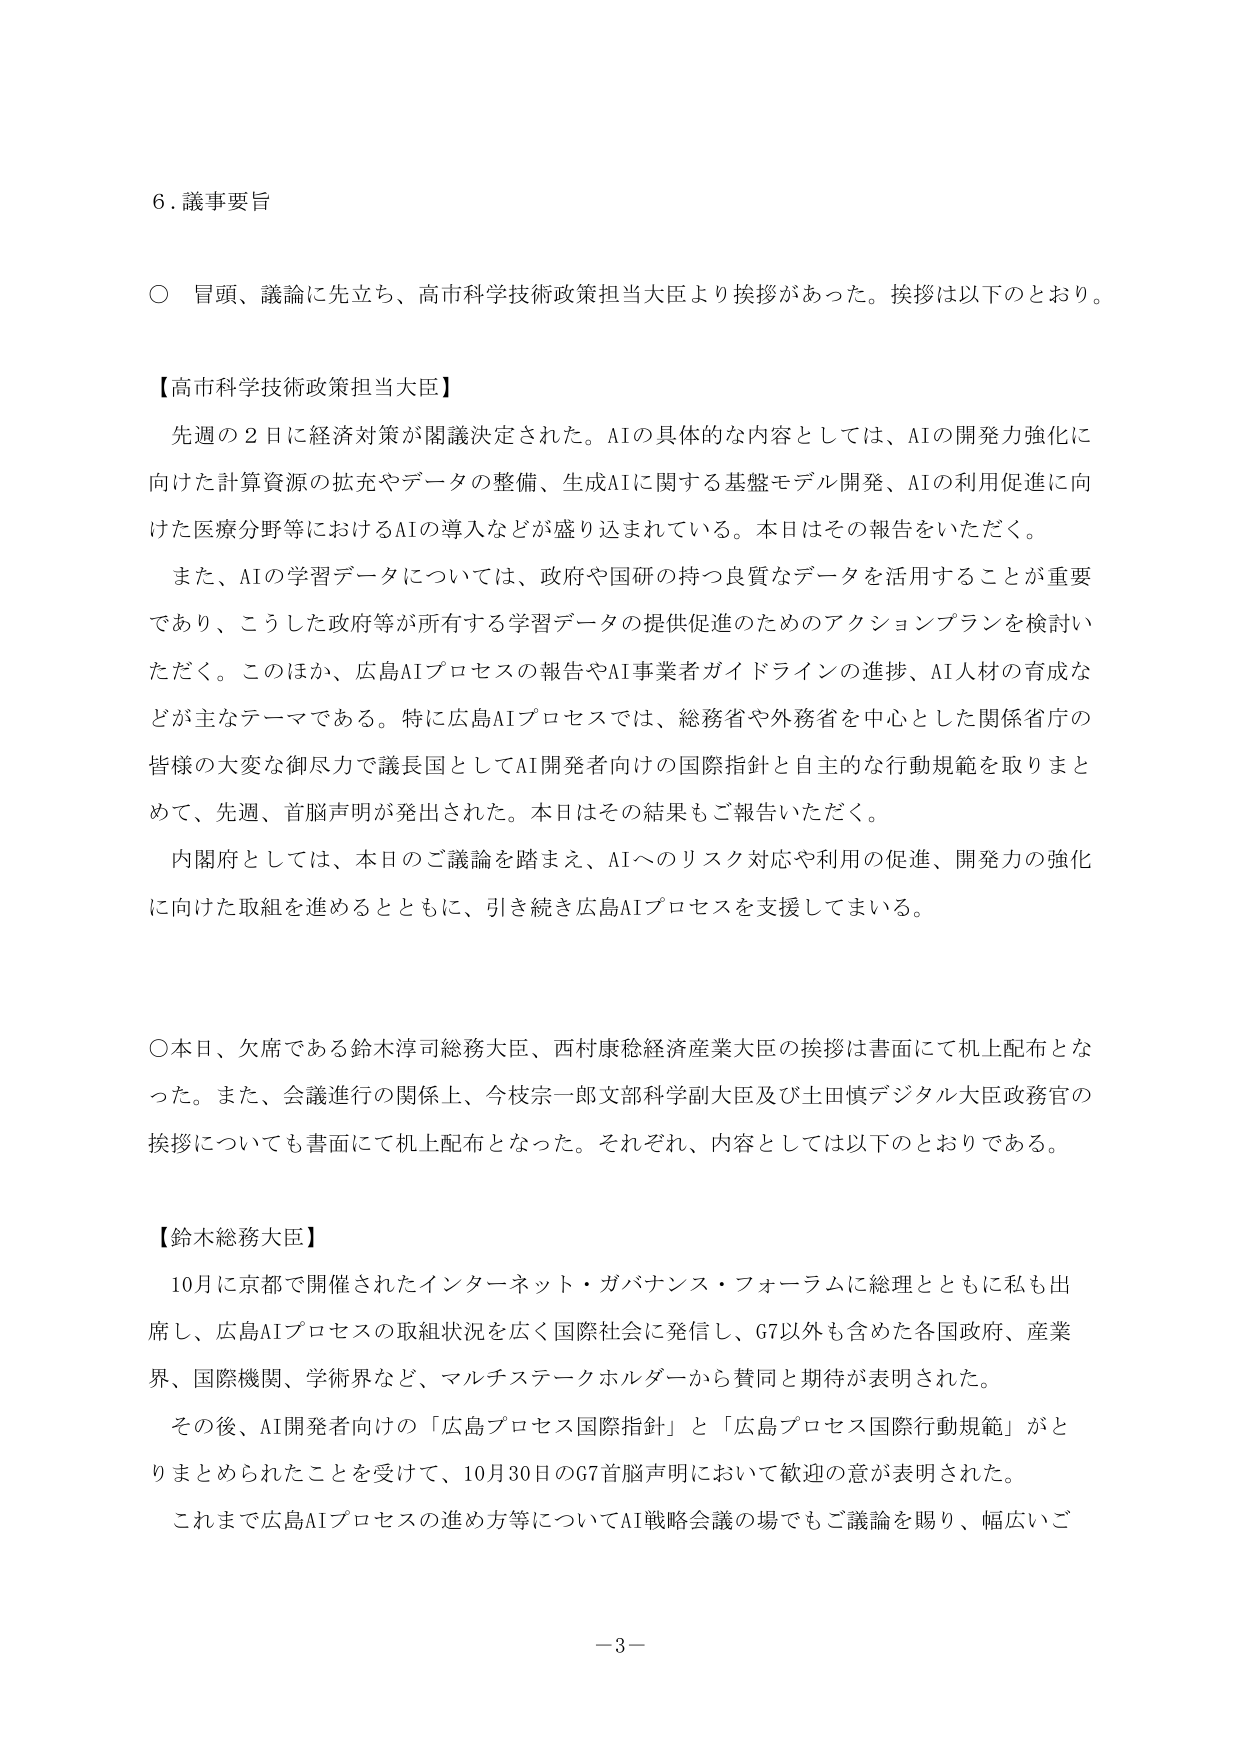
6. 議事要旨

○ 冒頭、議論に先立ち、高市科学技術政策担当大臣より挨拶があった。挨拶は以下のとおり。

【高市科学技術政策担当大臣】
先週の2日に経済対策が閣議決定された。AIの具体的な内容としては、AIの開発力強化に向けた計算資源の拡充やデータの整備、生成AIに関する基盤モデル開発、AIの利用促進に向けた医療分野等におけるAIの導入などが盛り込まれている。本日はその報告をいただく。
また、AIの学習データについては、政府や国研の持つ良質なデータを活用することが重要であり、こうした政府等が所有する学習データの提供促進のためのアクションプランを検討いただく。このほか、広島AIプロセスの報告やAI事業者ガイドラインの進捗、AI人材の育成などが主なテーマである。特に広島AIプロセスでは、総務省や外務省を中心とした関係省庁の皆様の大変な御尽力で議長国としてAI開発者向けの国際指針と自主的な行動規範を取りまとめて、先週、首脳声明が発出された。本日はその結果もご報告いただく。
内閣府としては、本日のご議論を踏まえ、AIへのリスク対応や利用の促進、開発力の強化に向けた取組を進めるとともに、引き続き広島AIプロセスを支援してまいる。

○本日、欠席である鈴木淳司総務大臣、西村康稔経済産業大臣の挨拶は書面にて机上配布となった。また、会議進行の関係上、今枝宗一郎文部科学副大臣及び土田慎デジタル大臣政務官の挨拶についても書面にて机上配布となった。それぞれ、内容としては以下のとおりである。

【鈴木総務大臣】
10月に京都で開催されたインターネット・ガバナンス・フォーラムに総理とともに私も出席し、広島AIプロセスの取組状況を広く国際社会に発信し、G7以外も含めた各国政府、産業界、国際機関、学術界など、マルチステークホルダーから賛同と期待が表明された。
その後、AI開発者向けの「広島プロセス国際指針」と「広島プロセス国際行動規範」がとりまとめられたことを受けて、10月30日のG7首脳声明において歓迎の意が表明された。
これまで広島AIプロセスの進め方等についてAI戦略会議の場でもご議論を賜り、幅広いご

－3－